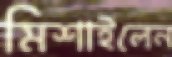
মিশাইলেন